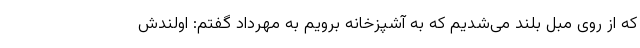
که از روی مبل بلند می­شدیم که به آشپزخانه برویم به مهرداد گفتم: اولندش